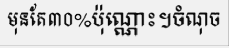
មុនតែ៣០%ប៉ុណ្ណោះ។ចំណុច